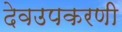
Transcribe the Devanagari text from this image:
देवउपकरणी